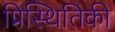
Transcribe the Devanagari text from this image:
प्रिस्थितिकी